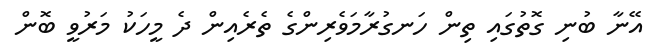
އޭނާ ބުނި ގޮތުގައި ތިން ހަނގުރާމަވެރިންގެ ތެރެއިން ދެ މީހަކު މަރުވީ ބޮން